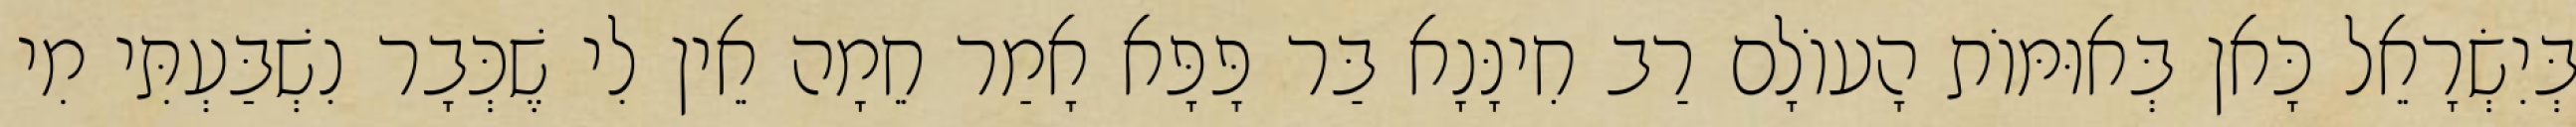
בְּיִשְׂרָאֵל כָּאן בְּאוּמּוֹת הָעוֹלָם רַב חִינָּנָא בַּר פָּפָּא אָמַר חֵמָה אֵין לִי שֶׁכְּבָר נִשְׁבַּעְתִּי מִי